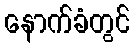
နောက်ခံတွင်